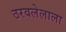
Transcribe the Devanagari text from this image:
ठरवलेलाला